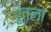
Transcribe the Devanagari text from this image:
रुतला